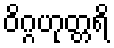
ဝိဂ္ဂဟုတ္တရိ